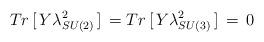
LaTeX: \begin{align*}Tr\,[\,Y \lambda^{2}_{SU(2)}\,]\, = Tr\,[\,Y\lambda^{2}_{SU(3)}\,]\,=\,0\end{align*}